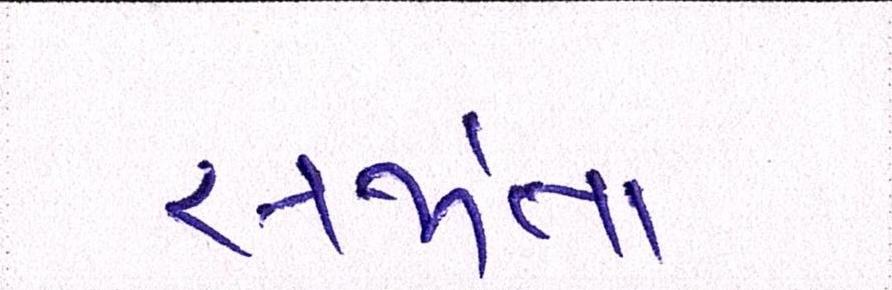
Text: સર્જાતાં